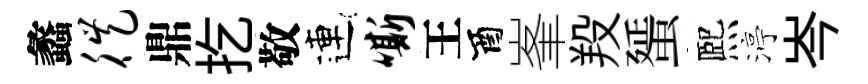
蠡徙鼎扢敬連嘶王酉峯羖蜑熈渟岑